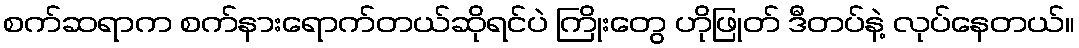
စက်ဆရာက စက်နားရောက်တယ်ဆိုရင်ပဲ ကြိုးတွေ ဟိုဖြုတ် ဒီတပ်နဲ့ လုပ်နေတယ်။